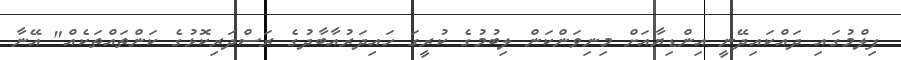
ފިލްމުގައި ދައްކައިދޭނީ އިންޑިޔާއަށް މިނިވަންކަން ލިބުމުގެ ކުރީގަ ހައިދަރުއާބާދުގެ ރަސްދަރިކޮޅުގެ ކަންތައްތަކެއް" އޭނާ